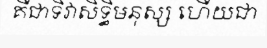
គឺជាទិវាសិទ្ធិមនុស្ស ហើយជា